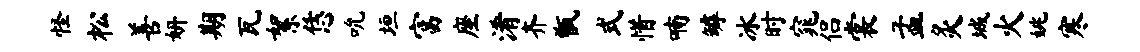
怪松善妍期瓦絮恁吮垣富座淆齐甑式惜喃罅冰时窕侣裳孟灸城火姚寒